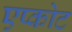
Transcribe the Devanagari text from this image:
एप्कोट